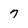
Character: 7